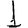
Digit: 1